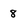
Character: 8